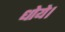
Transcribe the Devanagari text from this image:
धोये।